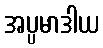
အပ္ပမာဒါယ